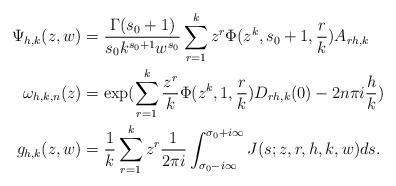
LaTeX: \begin{align*} \Psi_{h,k}(z,w) & =\frac{\Gamma(s_0+1)}{s_0 k^{s_0+1} w^{s_0}}\sum_{r=1}^{k} z^r\Phi(z^k,s_0+1, \frac{r}{k}) A_{rh,k} \\\omega_{h,k,n}(z) & = \exp(\sum_{r=1}^{k} \frac{z^r}{k}\Phi(z^k,1, \frac{r}{k})D_{rh,k}(0) - 2n\pi i \frac{h}{k})\\g_{h,k}(z,w)&=\frac{1}{k}\sum_{r=1}^{k} z^r \frac{1}{2\pi i} \int_{\sigma_0-i\infty}^{\sigma_0+i\infty} J(s;z,r,h,k,w)ds. \end{align*}